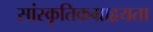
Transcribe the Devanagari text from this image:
सांस्कृतिकग्राहृयता